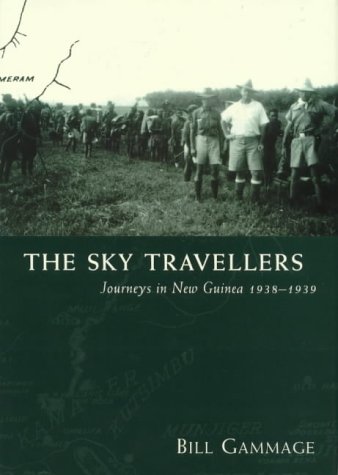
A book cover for The Sky Travellers: Journeys in New Guinea 1938-1939 (Miegunyah Press); Bill Gammage; History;